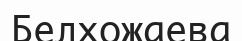
Белхожаева